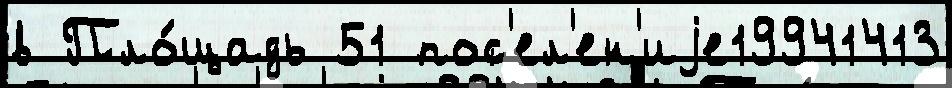
в Пло́щадь 51 пос'ел'ен'иjе19941413